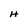
Character: H